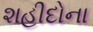
શહીદોના